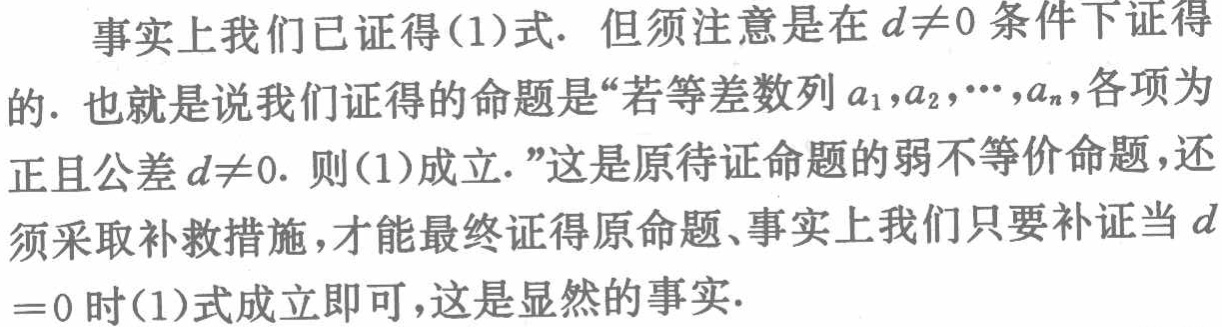
事实上我们已证得(1)式. 但须注意是在 \(d\neq0\) 条件下证得的. 也就是说我们证得的命题是“若等差数列 \(a_{1},a_{2},\cdots,a_{n}\),各项为正且公差 \(d\neq0.\) 则(1)成立.”这是原待证命题的弱不等价命题,还须采取补救措施,才能最终证得原命题、事实上我们只要补证当 \(d = 0\) 时(1)式成立即可,这是显然的事实.